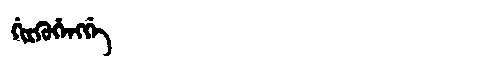
Manchu: ᡤᡳᡵᡴᡠᡥᡝᠩᡤᡝ
Romanization: GIRKUHENGGE